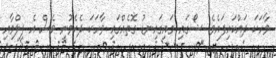
ވާހަކަ ދައްކައިފައެވެ. ޝޯގައި މައިގައިނޑު ގޮތެއްގައި ވާހަކަ ދެކެވުނީ ވެސް އެ ފިލްމާއި